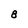
Character: 8